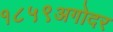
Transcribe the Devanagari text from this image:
१८५९अगोदर